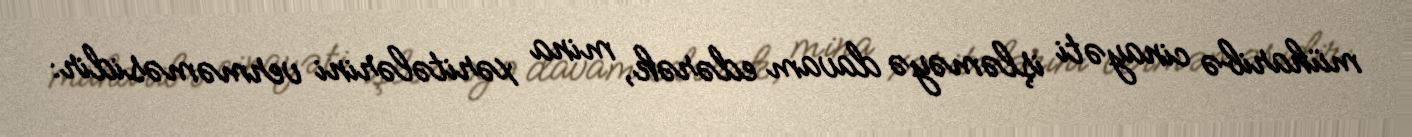
müharibə cinayəti işləməyə davam edərək, mina xəritələrini verməməsidir: